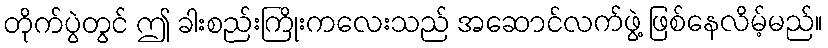
တိုက်ပွဲတွင် ဤ ခါးစည်းကြိုးကလေးသည် အဆောင်လက်ဖွဲ့ ဖြစ်နေလိမ့်မည်။